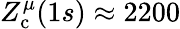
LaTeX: Z_{\mathrm{c}}^{\mu}(1s)\approx 2200